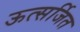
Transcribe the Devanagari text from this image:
ऊत्सर्जित